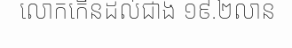
លោកកើនដល់ជាង ១៩.២លាន